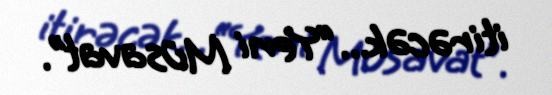
itirəcək...“Yeni Müsavat”.